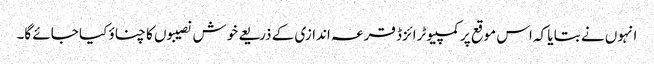
انہوں نے بتا یا کہ اس موقع پر کمپیوٹرائزڈ قرعہ اندازی کے ذریعے خوش نصیبوں کا چناؤ کیا جائے گا۔